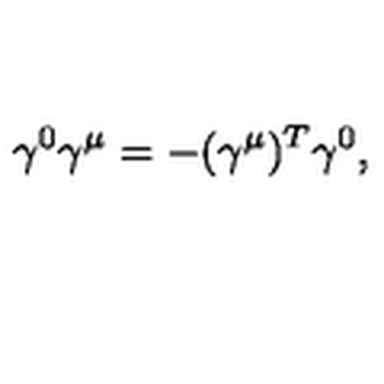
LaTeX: { \gamma ^ { 0 } \gamma ^ { \mu } = - ( \gamma ^ { \mu } ) ^ { T } \gamma ^ { 0 } , }